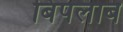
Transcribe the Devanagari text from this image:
बिपलाब